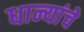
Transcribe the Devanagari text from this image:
धान्यांचे